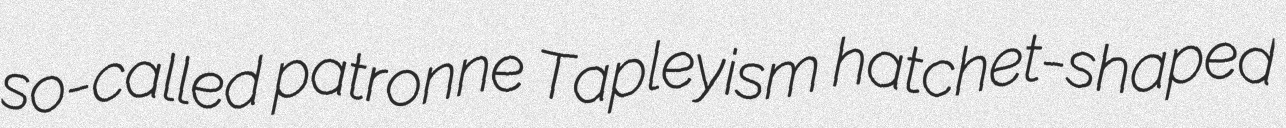
so-called patronne Tapleyism hatchet-shaped